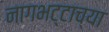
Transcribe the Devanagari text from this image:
नागभट्टाच्या